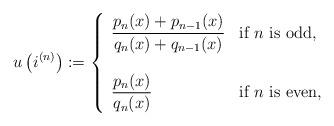
LaTeX: \begin{align*}u\left(i^{(n)}\right):=\left\{\begin{array}{lll}\displaystyle\frac{p_n(x)+p_{n-1}(x)}{q_n(x)+q_{n-1}(x)}& \mbox{if $n$ is odd}, \\\\\displaystyle\frac{p_n(x)}{q_n(x)} & \mbox{if $n$ is even,} \\\end{array}\right. \end{align*}